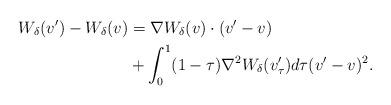
LaTeX: \begin{align*}W_\delta(v') -W_\delta(v) &= \nabla W_\delta (v)\cdot (v'-v)\\& + \int_0^1 (1-\tau)\nabla^2 W_\delta(v'_\tau) d\tau (v'-v)^2.\end{align*}